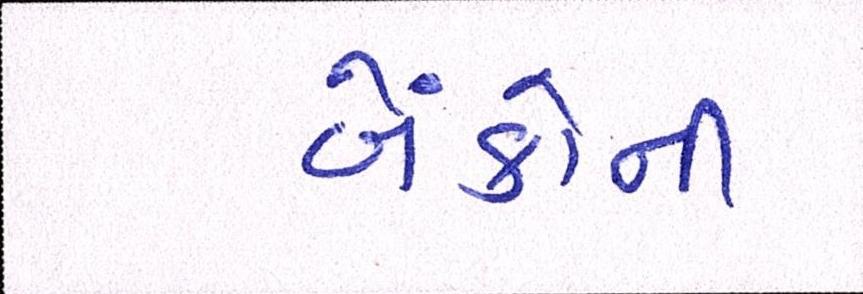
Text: બેંકોની